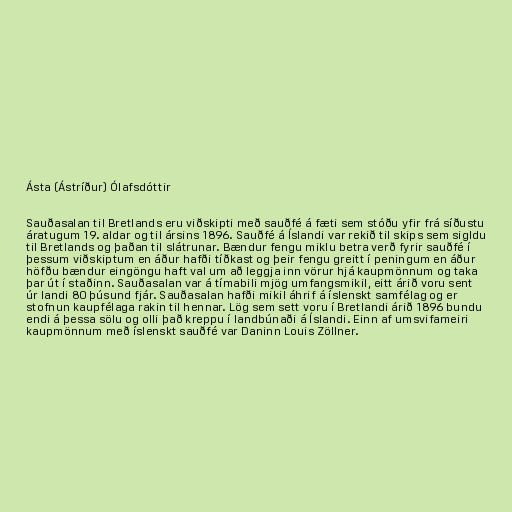
Ásta (Ástríður) Ólafsdóttir

Sauðasalan til Bretlands eru viðskipti með sauðfé á fæti sem stóðu yfir frá síðustu
áratugum 19. aldar og til ársins 1896. Sauðfé á Íslandi var rekið til skips sem sigldu
til Bretlands og þaðan til slátrunar. Bændur fengu miklu betra verð fyrir sauðfé í
þessum viðskiptum en áður hafði tíðkast og þeir fengu greitt í peningum en áður
höfðu bændur eingöngu haft val um að leggja inn vörur hjá kaupmönnum og taka
þar út í staðinn. Sauðasalan var á tímabili mjög umfangsmikil, eitt árið voru sent
úr landi 80 þúsund fjár. Sauðasalan hafði mikil áhrif á íslenskt samfélag og er
stofnun kaupfélaga rakin til hennar. Lög sem sett voru í Bretlandi árið 1896 bundu
endi á þessa sölu og olli það kreppu í landbúnaði á Íslandi. Einn af umsvifameiri
kaupmönnum með íslenskt sauðfé var Daninn Louis Zöllner.